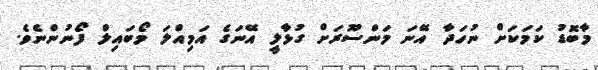
މާބޮޑު ކަމަކަށް ނުހަދާ އޭނަ މަންސޫރަށް ގުޅާލީ އޭނަގެ އަމިއްލަ މޯބައިލް ފޯނުންނެވެ.